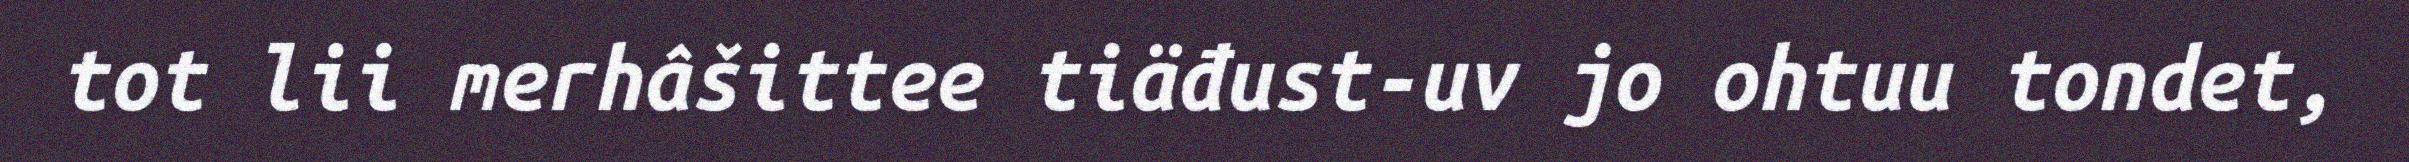
tot lii merhâšittee tiäđust-uv jo ohtuu tondet,